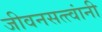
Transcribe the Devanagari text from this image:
जीवनसत्त्वांनी